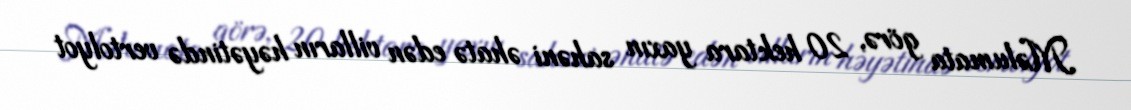
Məlumata görə, 20 hektara yaxın sahəni əhatə edən vilların həyətində vertolyot